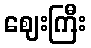
ဈေးကြီး